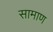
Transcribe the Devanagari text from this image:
सामाण